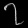
Digit: ၇